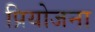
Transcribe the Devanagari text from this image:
प्रियोजना